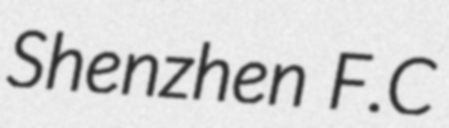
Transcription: Shenzhen F.C